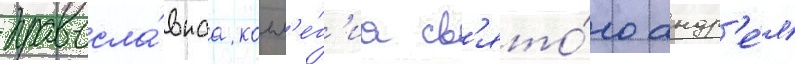
правосла́внаа колл'е́г'иа св'ято́го андр'е́я